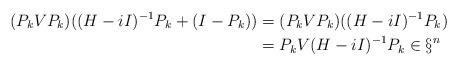
LaTeX: \begin{align*}(P_kVP_k)((H-iI)^{-1}P_k+(I-P_k))&=(P_kVP_k)((H-iI)^{-1}P_k)\\&=P_kV(H-iI)^{-1}P_k\in\S^n\end{align*}